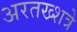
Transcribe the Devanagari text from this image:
अरतख्शत्रे